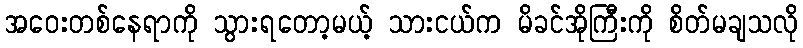
အဝေးတစ်နေရာကို သွားရတော့မယ့် သားငယ်က မိခင်အိုကြီးကို စိတ်မချသလို